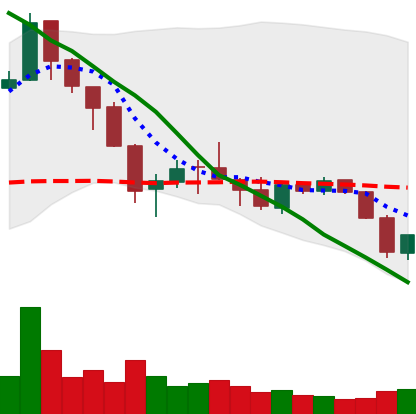
Ticker: ETC-USD
Chart end date: 2018-05-24
Forward return: -3.089%
Label: down_3_5